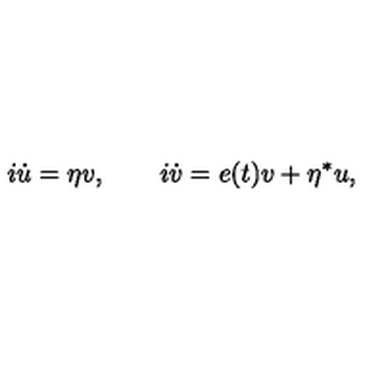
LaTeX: i \dot { u } = \eta v , \quad \quad i \dot { v } = e ( t ) v + \eta ^ { * } u ,